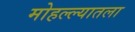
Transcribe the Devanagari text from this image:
मोहल्ल्यातला